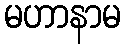
မဟာနာမ